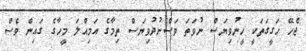
ޖެހޭ ހަގީގަތަކީ ހީނުވިޔަސް ނުވަތަ ވަސްނުދުވިޔަސް ތިމާގެ އަމިއްލަ މީހާގެ ގައިން ވެސް